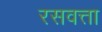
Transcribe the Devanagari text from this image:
रसवत्ता